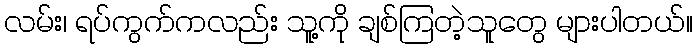
လမ်း၊ ရပ်ကွက်ကလည်း သူ့ကို ချစ်ကြတဲ့သူတွေ များပါတယ်။